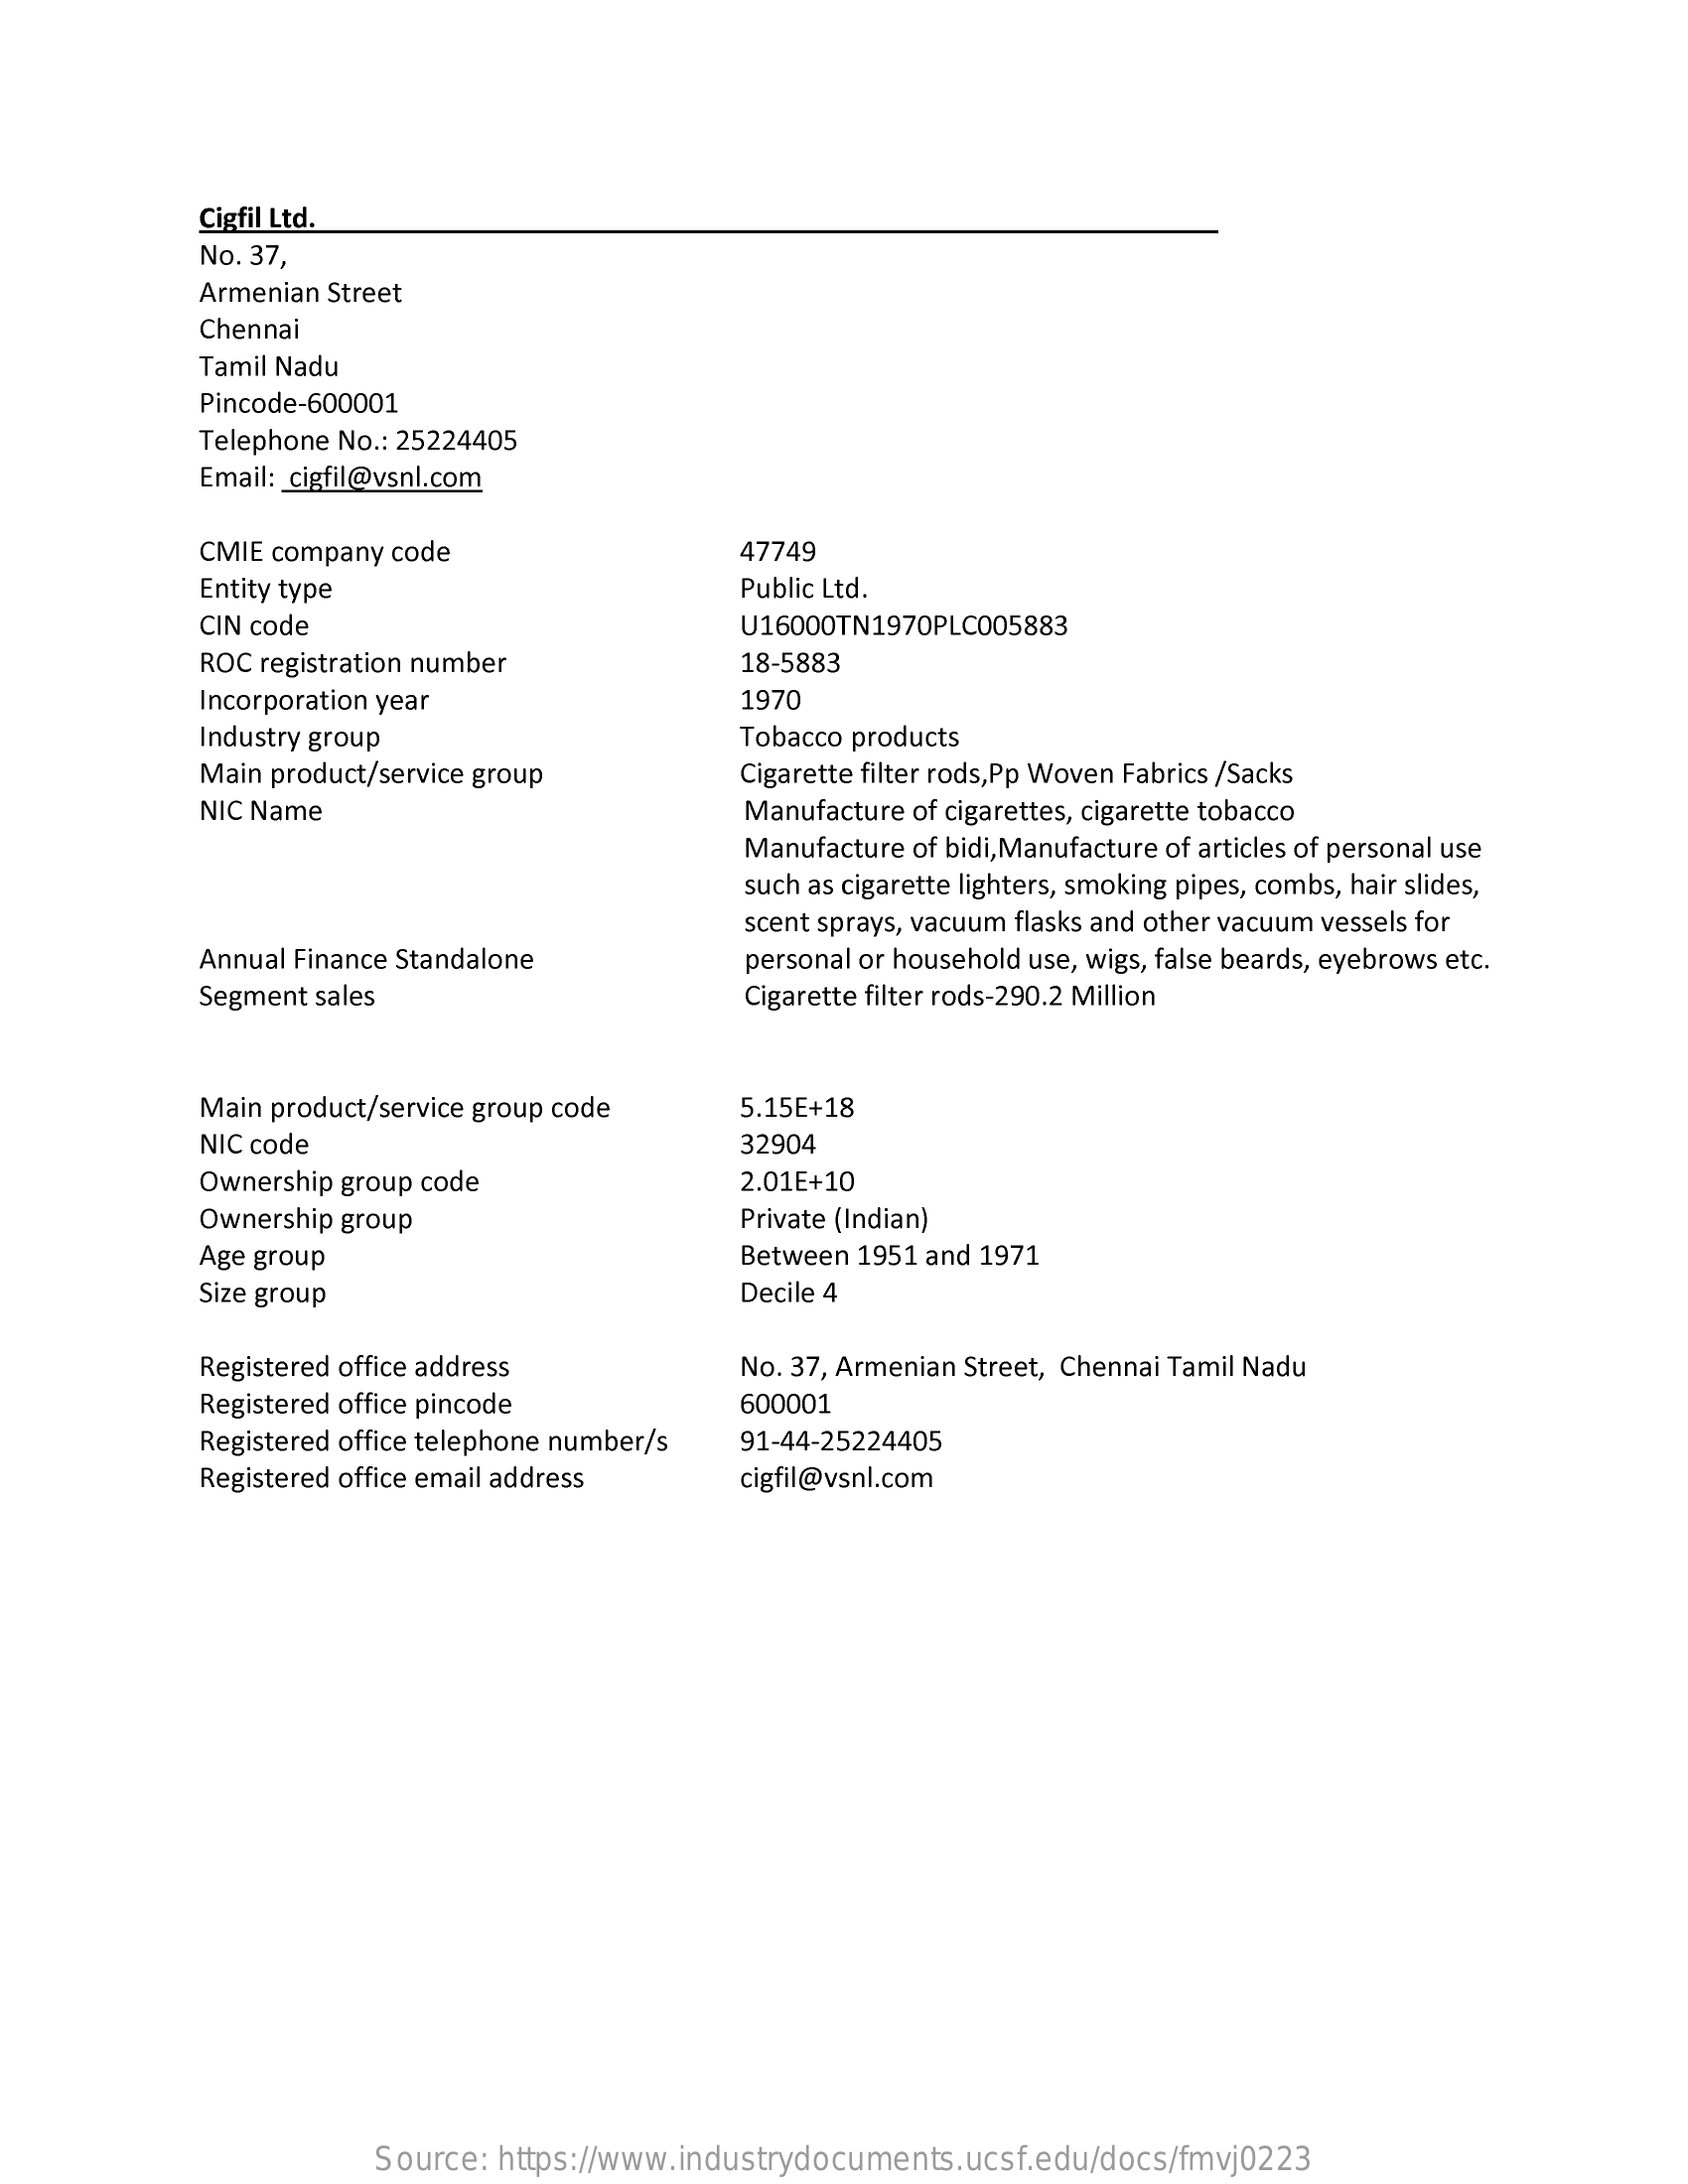
Cigfil Ltd.
     No. 37,
     Armenian Street
     Chennai
     Tamil Nadu
     Pincode-600001
     Telephone No .: 25224405
     Email: cigfil@vsnl.com
     CMIE company code    47749
     Entity type    Public Ltd.
     CIN code    U16000TN1970PLC005883
     ROC registration number    18-5883
     Incorporation year    1970
     Industry group    Tobacco products
     Main product/service group    Cigarette filter rods,Pp Woven Fabrics /Sacks
     NIC Name    Manufacture of cigarettes, cigarette tobacco
     Manufacture of bidi, Manufacture of articles of personal use
     such as cigarette lighters, smoking pipes, combs, hair slides,
     scent sprays, vacuum flasks and other vacuum vessels for
     Annual Finance Standalone    personal or household use, wigs, false beards, eyebrows etc.
     Segment sales    Cigarette filter rods-290.2 Million
     Main product/service group code 5.15E+18
     NIC code    32904
     Ownership group code    2.01E+10
     Ownership group    Private (Indian)
     Age group    Between 1951 and 1971
     Size group    Decile 4
     Registered office address    No. 37, Armenian Street, Chennai Tamil Nadu
     Registered office pincode    600001
     Registered office telephone number/s 91-44-25224405
     Registered office email address cigfil@vsnl.com
     Source: https://www.industrydocuments.ucsf.edu/docs/fmvj0223